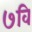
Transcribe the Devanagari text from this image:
७वि